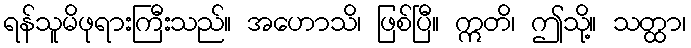
ရန်သူမိဖုရားကြီးသည်။ အဟောသိ၊ ဖြစ်ပြီ။ ဣတိ၊ ဤသို့။ သတ္ထာ၊